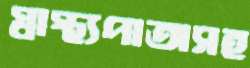
স্বাস্থ্যপাতাসহ